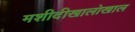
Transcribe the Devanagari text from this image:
मशीदीखालोखाल